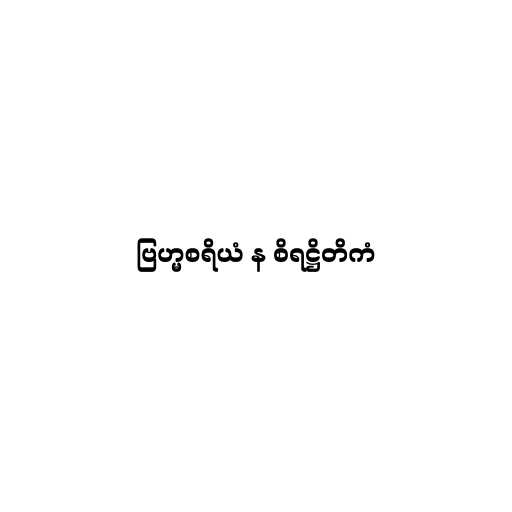
ဗြဟ္မစရိယံ န စိရဋ္ဌိတိကံ